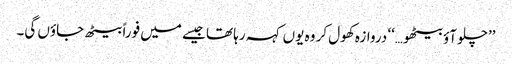
’’چلو آؤ بیٹھو…‘‘ دروازہ کھول کر وہ یوں کہہ رہا تھا جیسے میں فوراً بیٹھ جاؤں گی۔